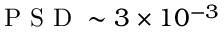
\mathrm { ~ P ~ S ~ D ~ } \sim 3 \times 1 0 ^ { - 3 }